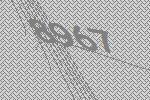
8967